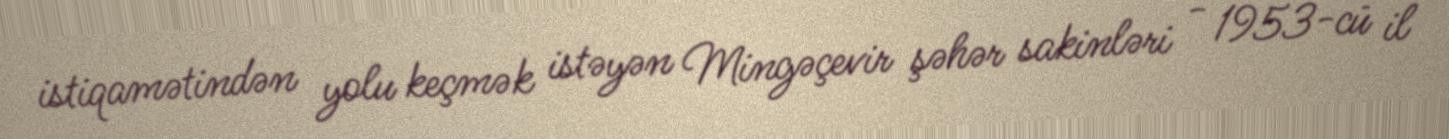
istiqamətindən yolu keçmək istəyən Mingəçevir şəhər sakinləri - 1953-cü il